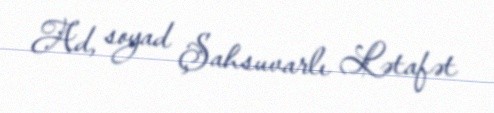
Ad, soyad Şahsuvarlı Lətafət